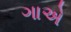
ગાએ